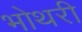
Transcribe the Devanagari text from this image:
भोथरी